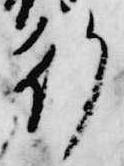
行